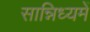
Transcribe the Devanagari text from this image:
सान्निध्‍यमें